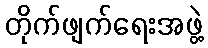
တိုက်ဖျက်ရေးအဖွဲ့